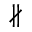
\nparallel